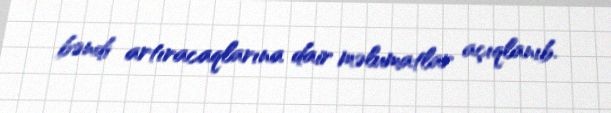
bəndi artıracaqlarına dair məlumatlar açıqlanıb.